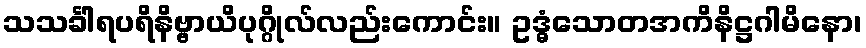
သသင်္ခါရပရိနိဗ္ဗာယိပုဂ္ဂိုလ်လည်းကောင်း။ ဥဒ္ဓံသောတအကိနိဋ္ဌဂါမိနော၊